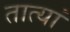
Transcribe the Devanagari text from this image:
तात्यां